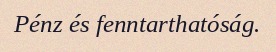
Pénz és fenntarthatóság.